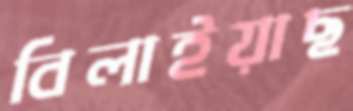
বিলাইয়াছ